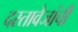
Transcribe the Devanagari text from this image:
दस्तावेजांची